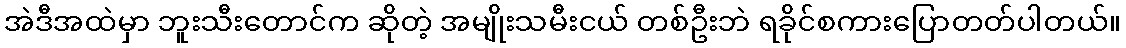
အဲဒီအထဲမှာ ဘူးသီးတောင်က ဆိုတဲ့ အမျိုးသမီးငယ် တစ်ဦးဘဲ ရခိုင်စကားပြောတတ်ပါတယ်။